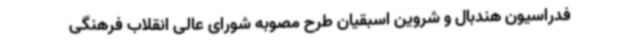
فدراسیون هندبال و شروین اسبقیان طرح مصوبه شورای عالی انقلاب فرهنگی